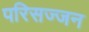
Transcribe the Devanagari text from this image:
परिसज्जन